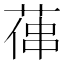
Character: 𦵋